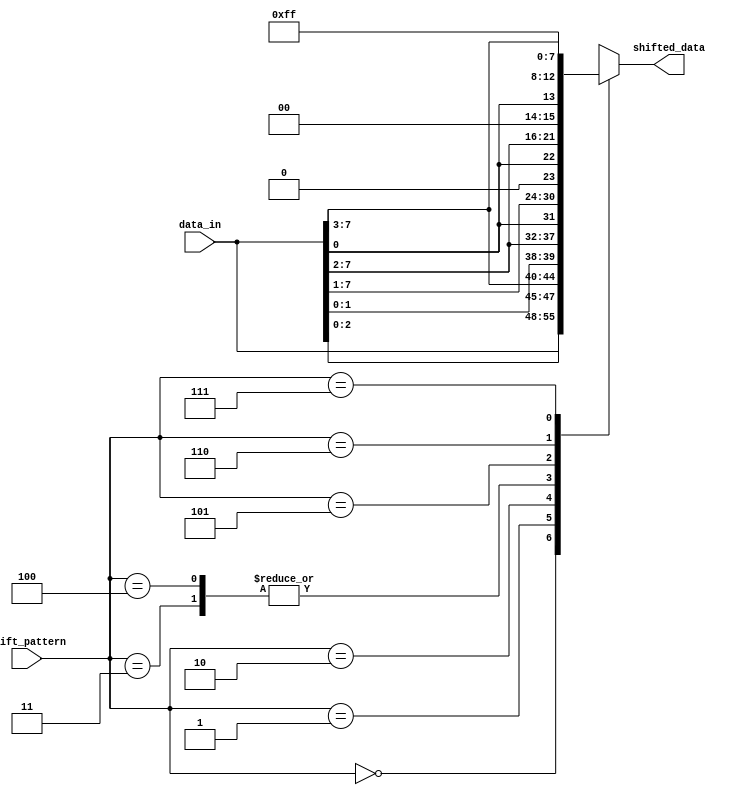
module Sparse_Barrel_Shifter (
    input [7:0] data_in,
    input [2:0] shift_pattern,
    output reg [7:0] shifted_data
);

always @(*) begin
    case(shift_pattern)
        3'b000: shifted_data = data_in; // no shift
        3'b001: shifted_data = {data_in[2:0], data_in[7:3]}; // Arithmetic right shift by 1
        3'b010: shifted_data = {data_in[1:0], data_in[7:2]}; // Arithmetic right shift by 2
        3'b011: shifted_data = {data_in[0], data_in[7:1]}; // Arithmetic right shift by 3
        3'b100: shifted_data = {data_in[0], data_in[7:1]}; // Arithmetic left shift by 1
        3'b101: shifted_data = {data_in[0], data_in[7:2]}; // Arithmetic left shift by 2
        3'b110: shifted_data = {data_in[0], data_in[7:3]}; // Arithmetic left shift by 3
        3'b111: shifted_data = 8'b11111111; // shift all bits to 1
        default: shifted_data = data_in;
    endcase
end

endmodule